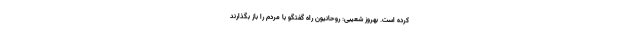
کرده است. بهروز شعیبی: روحانیون راه گفتگو با مردم را باز بگذارند